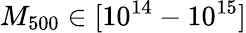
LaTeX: M_{500}\in[10^{14}-10^{15}]